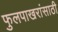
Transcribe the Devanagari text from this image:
फुलपाखरांसाठी